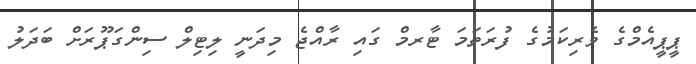
ޕީޕީއެމްގެ ވެރިކަމުގެ ފުރަތަމަ ޓާރމް ގައި ރާއްޖެ މިދަނީ ލިޓިލް ސިންގަޕޫރަށް ބަދަލު